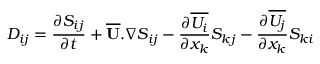
D _ { i j } = { \frac { \partial S _ { i j } } { \partial t } } + \mathbf { \overline { { U } } } . \nabla S _ { i j } - { \frac { \partial \overline { { U _ { i } } } } { \partial x _ { k } } } S _ { k j } - { \frac { \partial \overline { { U _ { j } } } } { \partial x _ { k } } } S _ { k i }